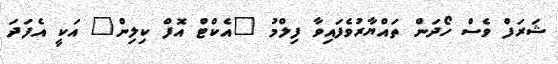
ޝަރަފް ވެސް ހޯދަން ތައްޔާރުވެފައިވާ ފިލްމު "އެކްޓް އޮފް ކިލިން" އަކީ އެފަދަ